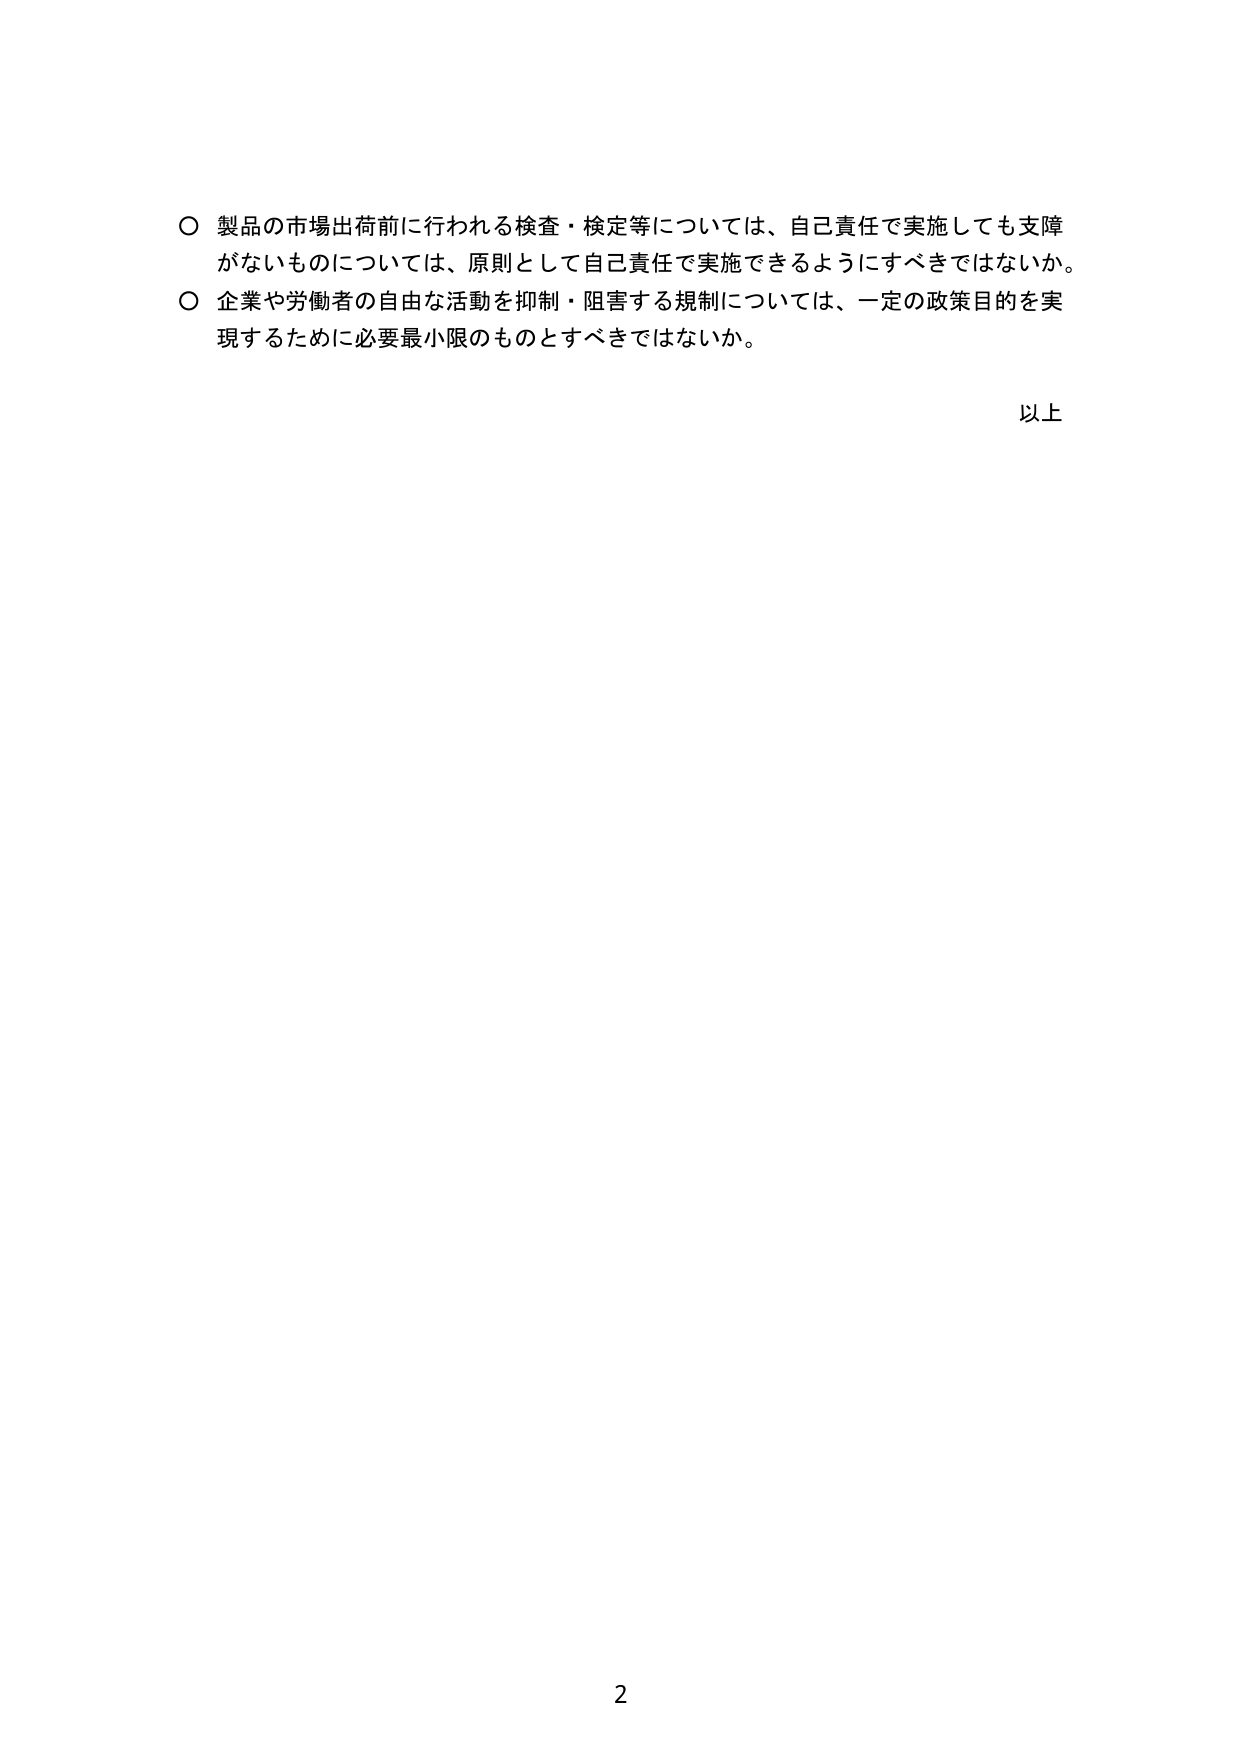
○ 製品の市場出荷前に行われる検査・検定等については、自己責任で実施しても支障がないものについては、原則として自己責任で実施できるようにすべきではないか。

○ 企業や労働者の自由な活動を抑制・阻害する規制については、一定の政策目的を実現するために必要最小限のものとすべきではないか。

以上

2